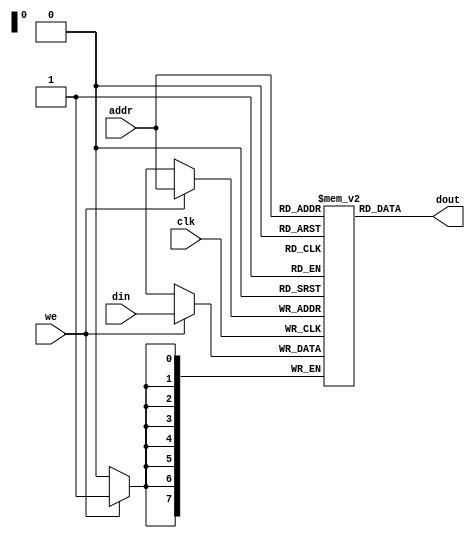
`timescale 1ns / 1ps
/*
 * Project      : XUM MIPS32
 * Creator(s)   : Grant Ayers (ayers@cs.stanford.edu)
 *
 * Modification History:
 *   Rev   Date         Initials  Description of Change
 *   1.0   6-Nov-2014   GEA       Initial design.
 *
 * Standards/Formatting:
 *   Verilog 2001, 4 soft tab, wide column.
 *
 * Description:
 *   A simple write-first memory of configurable width and
 *   depth, made to be inferred as a Xilinx Block RAM (BRAM).
 *
 *   SP-> Single-port.
 *   AR-> Asynchronous (combinatorial) read
 *
 *   Read data is available on the same cycle.
 */

module RAM_SP_AR(clk, addr, we, din, dout);
    parameter  DATA_WIDTH = 8;
    parameter  ADDR_WIDTH = 8;
    localparam RAM_DEPTH  = 1 << ADDR_WIDTH;
    input  clk;
    input  [(ADDR_WIDTH-1):0] addr;
    input  we;
    input  [(DATA_WIDTH-1):0] din;
    output [(DATA_WIDTH-1):0] dout;

    reg [(DATA_WIDTH-1):0] ram [0:(RAM_DEPTH-1)];

    assign dout = ram[addr];

    always @(posedge clk) begin
        if (we) begin
            ram[addr] <= din;
        end
    end

endmodule